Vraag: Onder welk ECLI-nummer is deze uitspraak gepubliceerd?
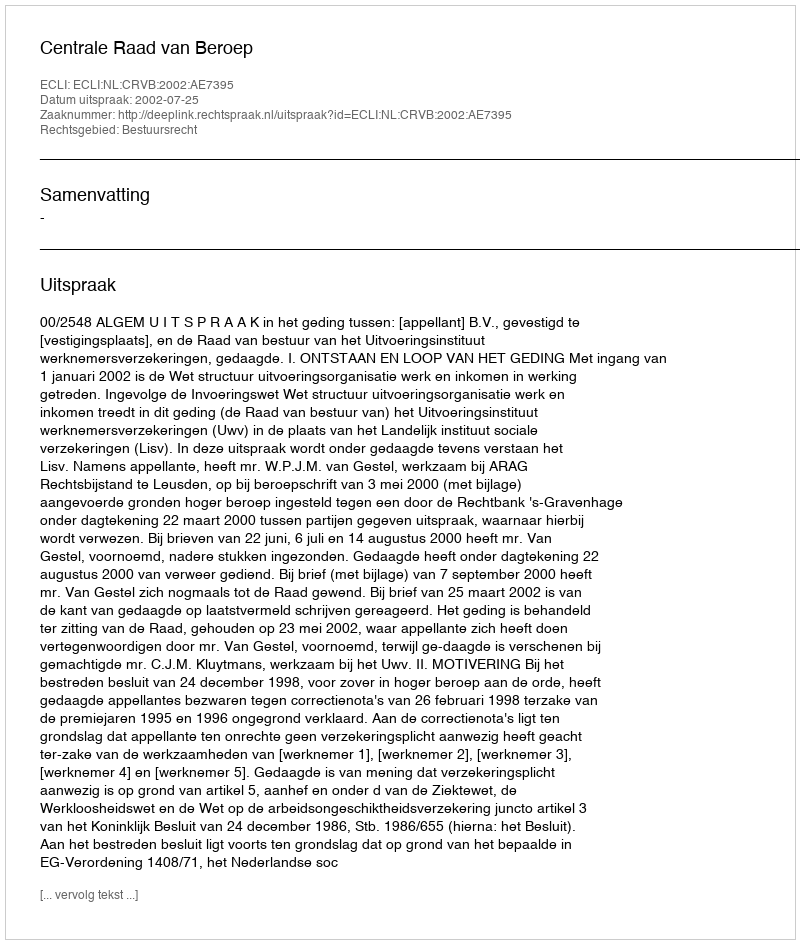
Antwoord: ECLI:NL:CRVB:2002:AE7395